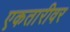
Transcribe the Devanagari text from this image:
एकतारीवर